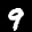
Label: 9